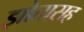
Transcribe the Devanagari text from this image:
झोतासह